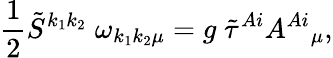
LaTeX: \frac{1}{2}\tilde{S}^{k_{1}k_{2}}\; \omega_{k_{1}k_{2}\mu}=g\; \tilde{\tau}^{Ai}A^{Ai}{}_{\mu},